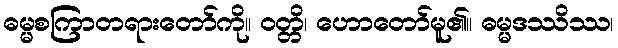
ဓမ္မစကြာတရားတော်ကို။ ဝတ္တိ၊ ဟောတော်မူ၏။ ဓမ္မဒဿိဿ၊